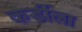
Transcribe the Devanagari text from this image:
कर्डीला